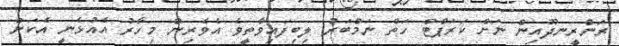
ރަންރީނދޫއިން ނަށް ކަރަޕްޓް ހަތް ނަމްބަރު ލިބިފައިވާތީވެ އެެވެރިން މިހާރު އެއުޅެނީ އެކަން